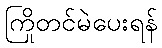
ကြိုတင်မဲပေးရန်